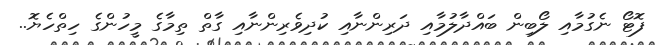
ފޮޓޯ ނެގުމާއި ލޯބިން ބައްދާލުމާއި ދަރިންނާއި ކުދިވެރިންނާއި ގާތް ތިމާގެ މީހުންގެ ހިތްހެޔޮ..